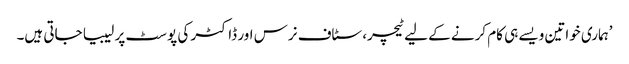
’ہماری خواتین ویسے ہی کام کرنے کے لیے ٹیچر، سٹاف نرس اور ڈاکٹر کی پوسٹ پر لیبیا جاتی ہیں۔